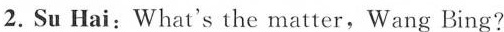
2.Su Hai:What's the matter,Wang Bing?